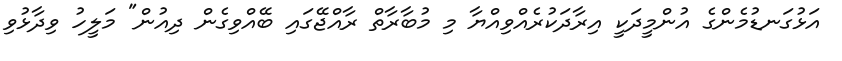
އަޅުގަނޑުމެންގެ އުންމީދަކީ އިރާދަކުރެއްވިއްޔާ މި މުބާރާތް ރާއްޖޭގައި ބޭއްވިގެން ދިއުން" މަލީހު ވިދާޅުވި